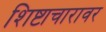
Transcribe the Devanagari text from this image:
शिष्टाचारावर